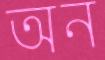
অন